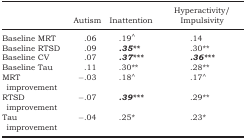
<table><thead><tr><td></td><td><b>Autism</b></td><td><b>Inattention</b></td><td><b>Hyperactivity/Impulsivity</b></td></tr></thead><tbody><tr><td>Baseline MRT</td><td>.06</td><td>.19∧</td><td>.14</td></tr><tr><td>Baseline RTSD</td><td>.09</td><td><i><b>.35</b></i><i><b>**</b></i></td><td>.30**</td></tr><tr><td>Baseline CV</td><td>.07</td><td><i><b>.37</b></i><i><b>***</b></i></td><td><i><b>.36</b></i><i><b>***</b></i></td></tr><tr><td>Baseline Tau</td><td>.11</td><td>.30**</td><td>.28**</td></tr><tr><td>MRT improvement</td><td>−.03</td><td>.18∧</td><td>.17∧</td></tr><tr><td>RTSD improvement</td><td>−.07</td><td><i><b>.39</b></i><i><b>***</b></i></td><td>.29**</td></tr><tr><td>Tau improvement</td><td>−.04</td><td>.25*</td><td>.23*</td></tr></tbody></table>